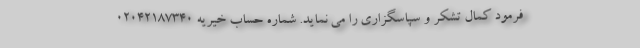
فرمود کمال تشکر و سپاسگزاری را می نماید. شماره حساب خیریه 02042187340